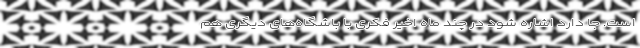
است. جا دارد اشاره شود در چند ماه اخیر فکری با باشگاه‌های دیگری هم